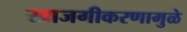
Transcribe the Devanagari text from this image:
खाजगीकरणामुळे